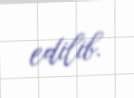
edilib.